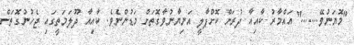
"މޮޔަނުވޭ......." އައްމާރު ކާއިއާ ދުރަށް ކޮށްޕާލީ އަނިޔާނުވާގޮތަށް މަޑުންނެވެ. ކާއިއާ ދޫލަމަތީގައި ޖެހުނުގޮތަށް